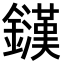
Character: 𨮟